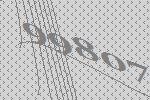
99807